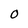
Character: O